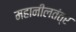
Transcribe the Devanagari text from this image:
महानीलतंत्र